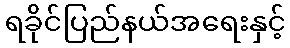
ရခိုင်ပြည်နယ်အရေးနှင့်